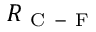
R _ { \mathrm { ~ C ~ - ~ F ~ } }